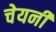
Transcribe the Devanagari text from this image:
चेयनी